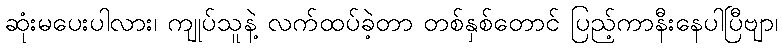
ဆုံးမပေးပါလား၊ ကျုပ်သူနဲ့ လက်ထပ်ခဲ့တာ တစ်နှစ်တောင် ပြည့်ကာနီးနေပါပြီဗျာ၊